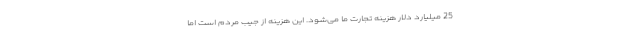
25 میلیارد دلار هزینه تجارت ما می‌شود. این هزینه از جیب مردم است اما